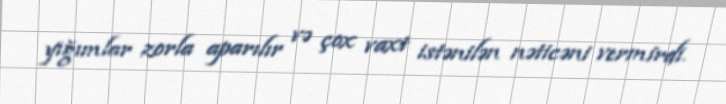
yığımlar zorla aparılır və çox vaxt istənilən nəticəni vermirdi.